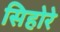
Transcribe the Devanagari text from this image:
सिहोरे